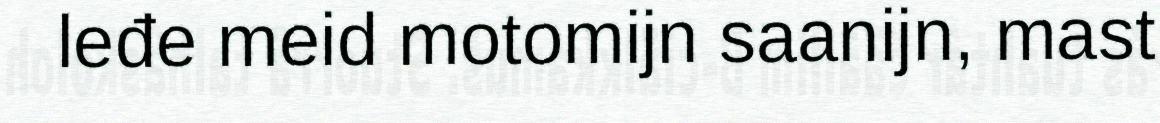
leđe meid motomijn saanijn, mast